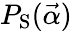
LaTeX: P_{\mathrm{S}}(\vec{\alpha})